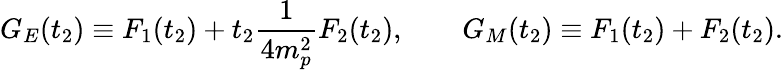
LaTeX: G_{E}(t_{2})\equiv F_{1}(t_{2})+t_{2}\frac{1}{4m_{p}^{2}}F_{2}(t_{2}),\qquad G_{M}(t_{2})\equiv F_{1}(t_{2})+F_{2}(t_{2}).